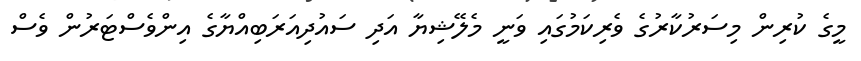
މީގެ ކުރިން މިސަރުކާރުގެ ވެރިކަމުގައި ވަނީ މެލޭޝިޔާ އަދި ސައުދިއަރަބިއްޔާގެ އިންވެސްޓަރުން ވެސް